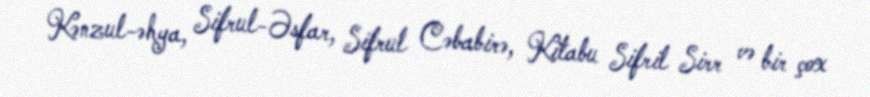
Kənzul-əhya, Sifrul-Əsfar, Sifrul Cəbabirə, Kitabu Sifril Sirr və bir çox